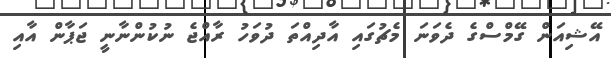
އޭޝިއަން ގޭމްސްގެ ދެވަނަ މެޗުގައި އާދިއްތަ ދުވަހު ރާއްޖެ ނުކުންނާނީ ޖަޕާން އާއި